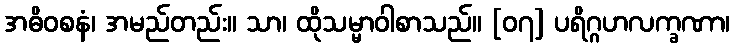
အဓိဝစနံ၊ အမည်တည်း။ သာ၊ ထိုသမ္မာဝါစာသည်။ [၀၇] ပရိဂ္ဂဟလက္ခဏာ၊